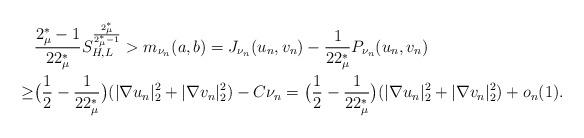
LaTeX: \begin{align*}\aligned&\frac{2^*_\mu-1}{22^*_\mu}S^{\frac{2^*_\mu}{2^*_\mu-1}}_{H,L}>m_{\nu_n}(a,b)=J_{\nu_n}(u_n,v_n)-\frac{1}{22^*_\mu}P_{\nu_n}(u_n,v_n)\\\geq&\bigl(\frac12-\frac1{22^*_\mu}\bigr)(|\nabla u_n|^2_2+|\nabla v_n|^2_2)-C\nu_n=\bigl(\frac12-\frac1{22^*_\mu}\bigr)(|\nabla u_n|^2_2+|\nabla v_n|^2_2)+o_n(1).\endaligned\end{align*}